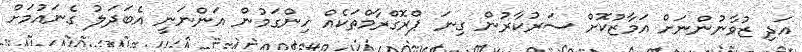
އަދި ޒުވާނުންނަށް އަމާޒުކޮށް ސަރުކާރުން ގިނަ ޕްރޮގްރާމްތަކެއް ހިންގަމުން އަންނަނީ އެބަދަލު ގެނައުމަށް